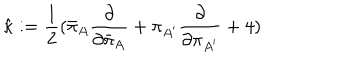
{ \hat { \kappa } } : = { \frac { 1 } { 2 } } { ( { \bar { \pi } } _ { A } { \frac { \partial } { \partial { \bar { \pi } } _ { A } } } + \pi _ { A ^ { \prime } } { \frac { \partial } { \partial \pi _ { A ^ { \prime } } } } + 4 ) }